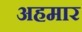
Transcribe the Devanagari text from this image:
अहमार